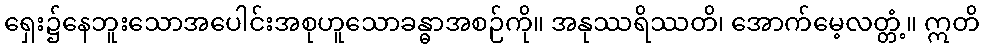
ရှေး၌နေဘူးသောအပေါင်းအစုဟူသောခန္ဓာအစဉ်ကို။ အနုဿရိဿတိ၊ အောက်မေ့လတ္တံ့။ ဣတိ